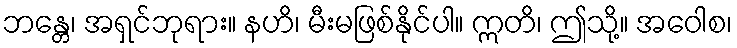
ဘန္တေ၊ အရှင်ဘုရား။ နဟိ၊ မီးမဖြစ်နိုင်ပါ။ ဣတိ၊ ဤသို့။ အဝေါစ၊